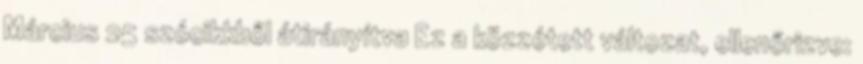
Március 25 szócikkből átirányítva Ez a közzétett változat, ellenőrizve: